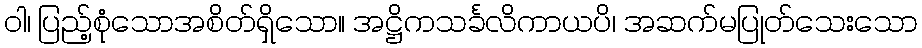
ဝါ၊ ပြည့်စုံသောအစိတ်ရှိသော။ အဋ္ဌိကသင်္ခလိကာယပိ၊ အဆက်မပြုတ်သေးသော